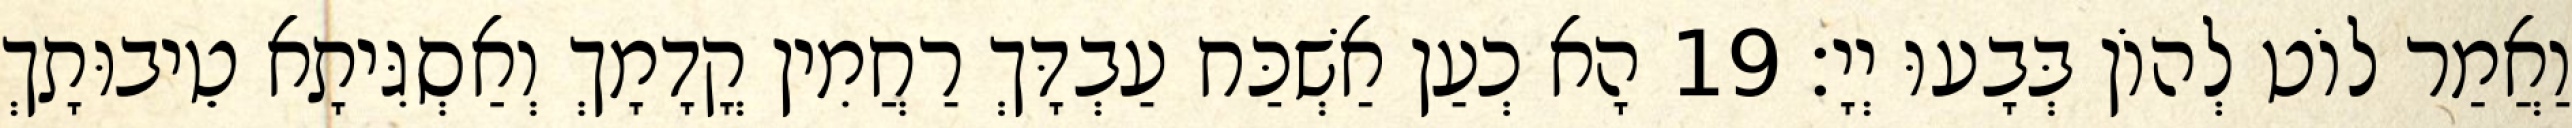
וַאֲמַר לוֹט לְהוֹן בְּבָעוּ יְיָ׃ 19 הָא כְעַן אַשְׁכַּח עַבְדָּךְ רַחֲמִין קֳדָמָךְ וְאַסְגִּיתָא טֵיבוּתָךְ